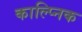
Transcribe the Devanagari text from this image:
काल्प्निक